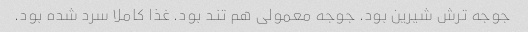
جوجه ترش شیرین بود. جوجه معمولی هم تند بود. غذا کاملا سرد شده بود.